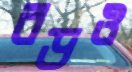
রডও